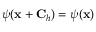
\psi ( { \bf x } + { \bf C } _ { h } ) = \psi ( { \bf x } )